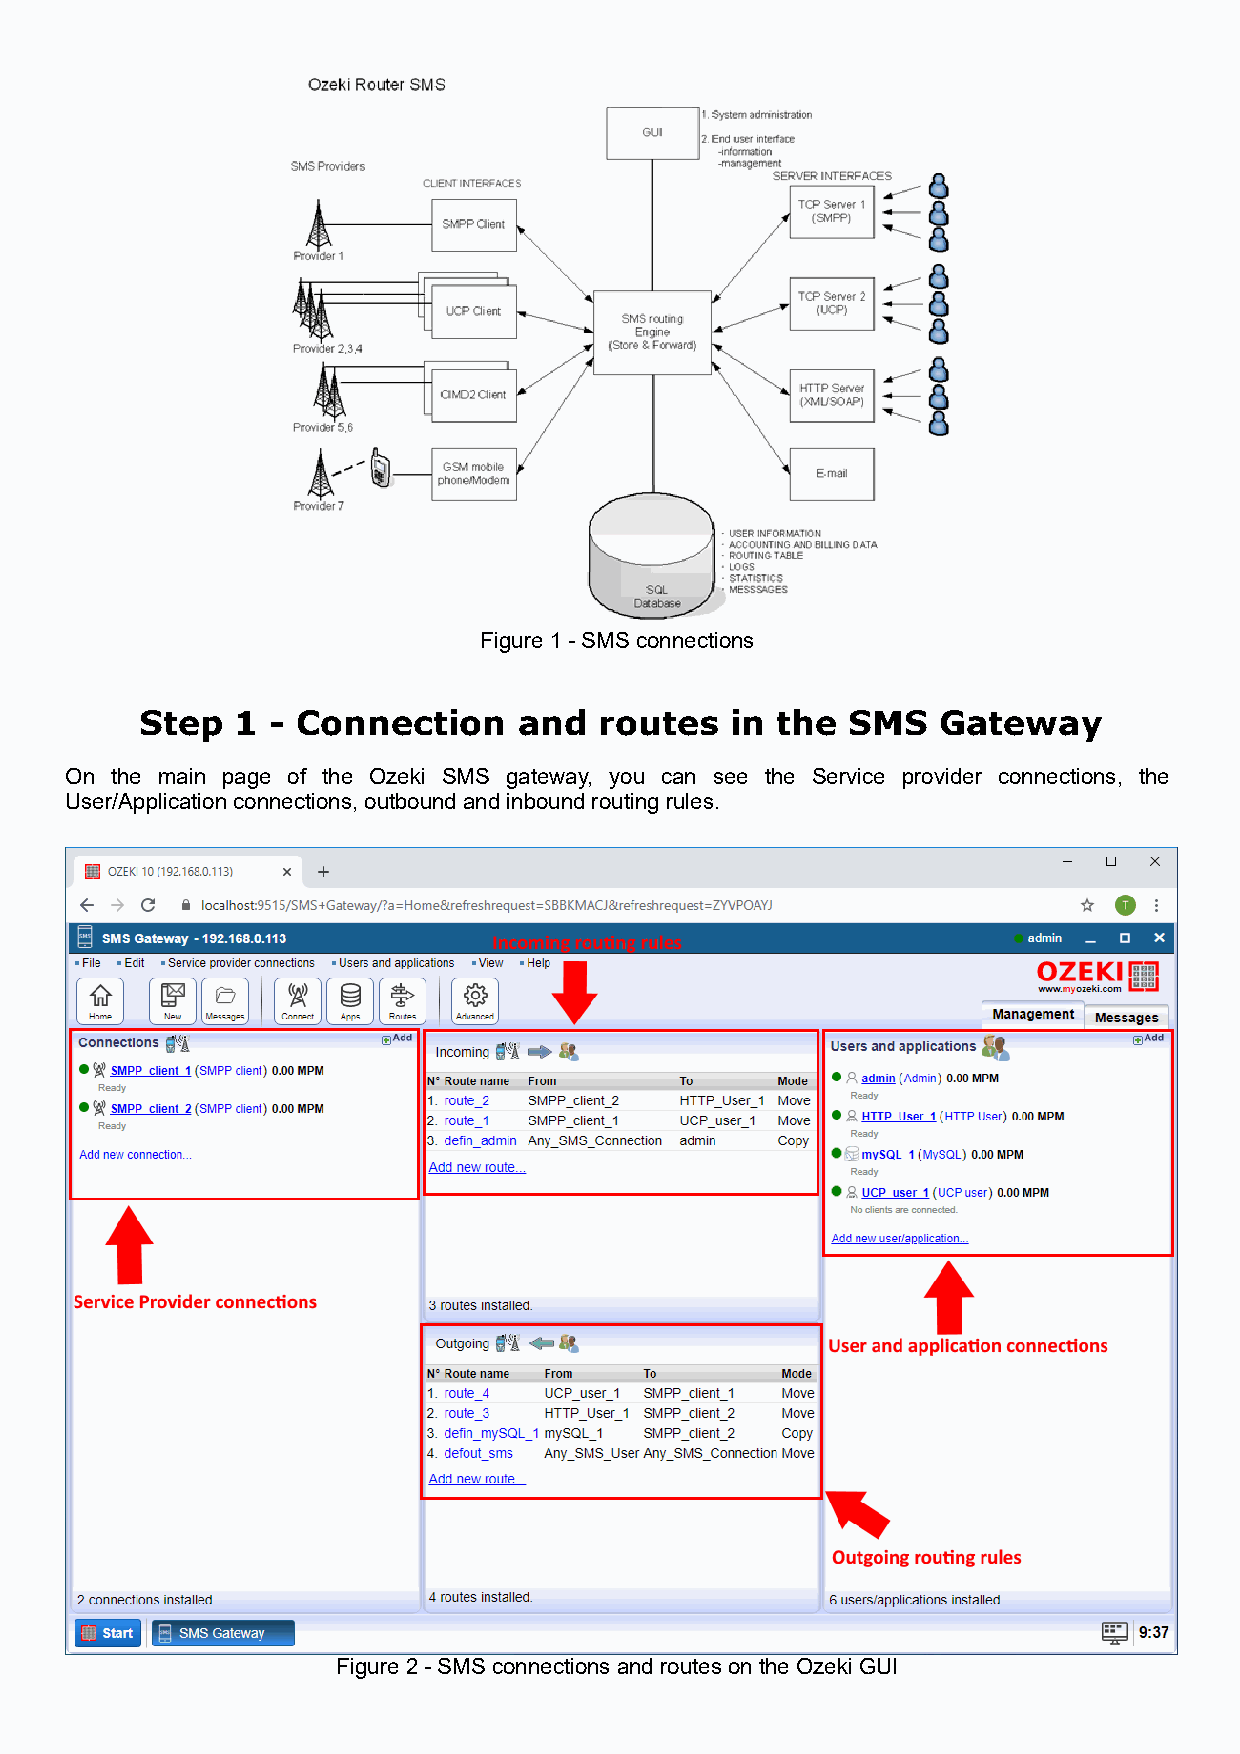
Figure 1 - SMS connections
 Step   1 - Connection    and   routes  in the  SMS   Gateway
 On the main page of the Ozeki SMS gateway, you can see the Service provider connections, the
 User/Application connections, outbound and inbound routing rules.
 Figure 2 - SMS connections and routes on the Ozeki GUI